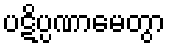
ပဋိပ္ပဏာမေတွာ